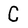
Character: C